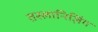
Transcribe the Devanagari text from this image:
तस्लानिज़िंग